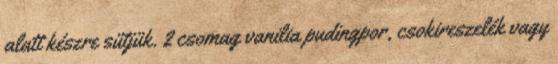
alatt készre sütjük. 2 csomag vanilia pudingpor, csokireszelék vagy